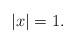
LaTeX: \begin{align*} |x| = 1.\end{align*}